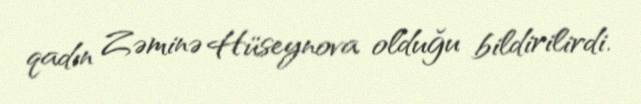
qadın Zəminə Hüseynova olduğu bildirilirdi.